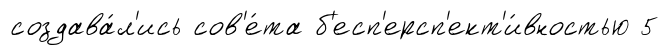
создава́л'ись сов'е́та б'есп'ерсп'ект'и́вностью 5